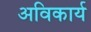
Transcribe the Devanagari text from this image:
अविकार्य